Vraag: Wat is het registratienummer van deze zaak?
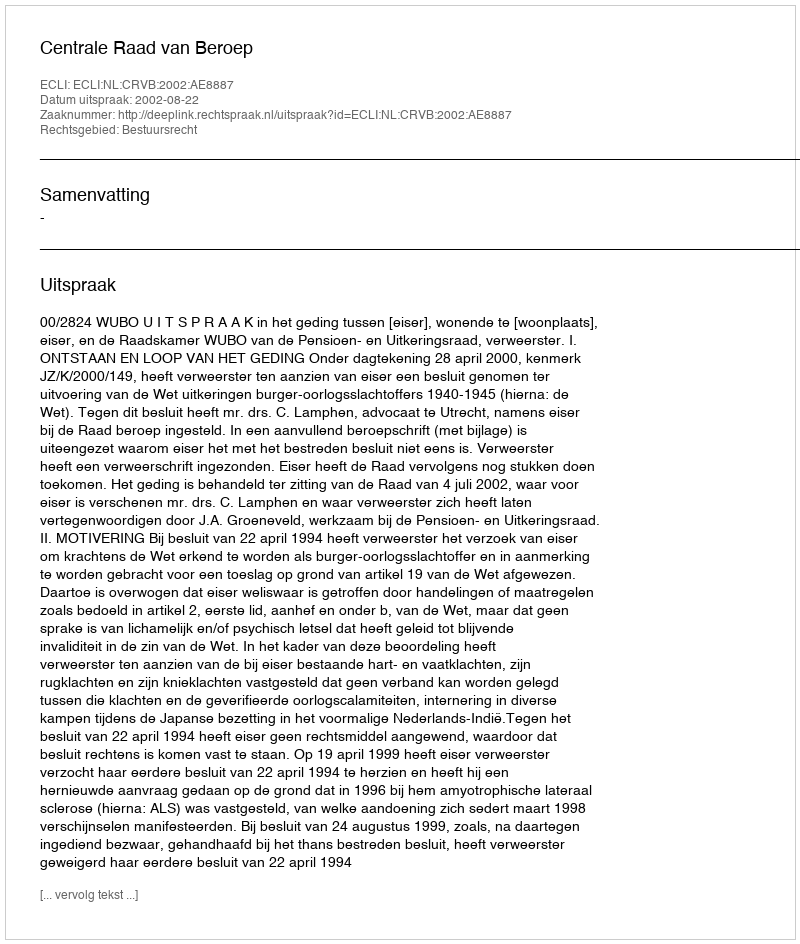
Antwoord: http://deeplink.rechtspraak.nl/uitspraak?id=ECLI:NL:CRVB:2002:AE8887